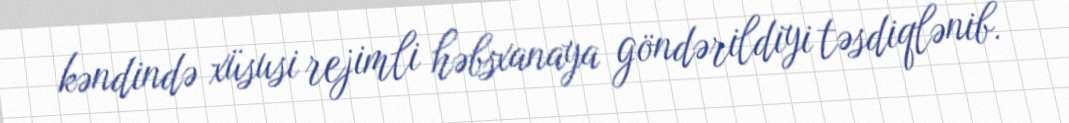
kəndində xüsusi rejimli həbsxanaya göndərildiyi təsdiqlənib.